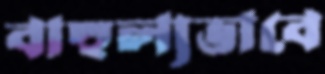
বাহুল্যভাবে